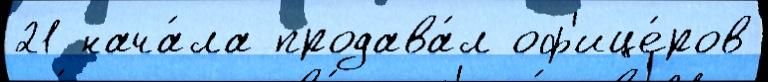
21 нача́ла продава́л оф'ице́ров